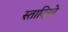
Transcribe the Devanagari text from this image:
स्तादियो